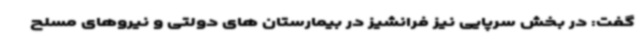
گفت: در بخش سرپایی نیز فرانشیز در بیمارستان های دولتی و نیروهای مسلح